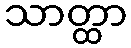
သာတ္ထာ